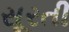
સૂરતી